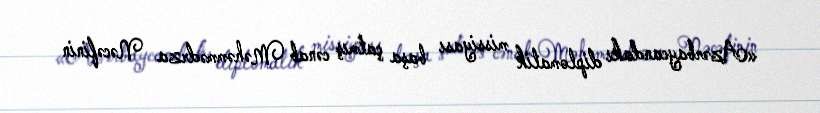
«Azərbaycandakı diplomatik missiyası başa çatmış cənab Məhəmmədrza Nəcəfinin